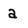
Character: a